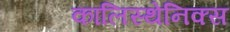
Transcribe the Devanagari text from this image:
कालिस्थेनिक्स